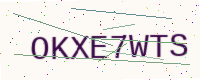
Text: OKXE7WTS